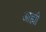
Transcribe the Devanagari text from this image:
आह्मी